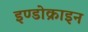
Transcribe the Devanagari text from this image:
इण्डोक्राइन